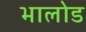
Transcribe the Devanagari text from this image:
भालोड